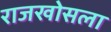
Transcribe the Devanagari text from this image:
राजखोसला